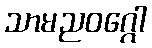
သာမညဝဂ္ဂေါ